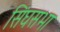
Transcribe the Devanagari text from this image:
सिंघसभा